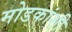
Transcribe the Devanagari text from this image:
मोडकांशी